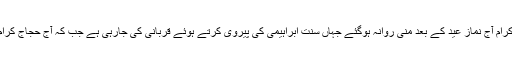
واضح رہے کہ حجاج کرام آج نماز عید کے بعد منیٰ روانہ ہوگئے جہاں سنت ابراہیمی کی پیروی کرتے ہوئے قربانی کی جارہی ہے جب کہ آج حجاج کرام سر بھی منڈوائیں گے۔